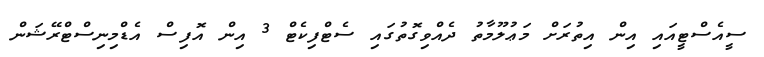
ސީއެސްޓީއައި އިން އިތުރަށް މަޢުލޫމާތު ދެއްވިގޮތުގައި ސެޓްފިކެޓް 3 އިން އޮފިސް އެޑްމިނިސްޓްރޭޝަން